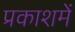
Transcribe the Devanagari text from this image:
प्रकाशमें